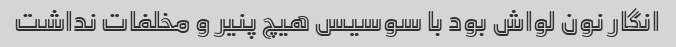
انگار نون لواش بود با سوسیس هیچ پنیر و مخلفات نداشت